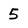
Character: 5